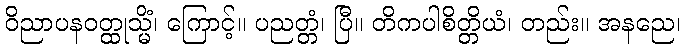
ဝိညာပနဝတ္ထုသ္မိံ၊ ကြောင့်။ ပညတ္တံ၊ ပြီ။ တိကပါစိတ္တိယံ၊ တည်း။ အနညေ၊